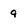
Character: 9